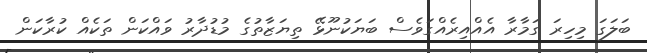
ބަލަގަ މިހިރަ ގަމާރާ އެއްއިރެއްގަވެސް ބަޔަކުނޫޅޭ ތިޔަޒާތުގެ މުޑުދާރު ވައްކަން ތަކެއް ކުރާކަން